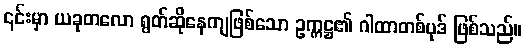
၎င်းမှာ ယခုတလော ရွတ်ဆိုနေကျဖြစ်သော ဥက္ကဋ္ဌ၏ ဂါထာတစ်ပုဒ် ဖြစ်သည်။